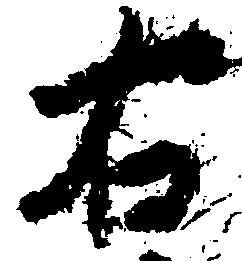
右